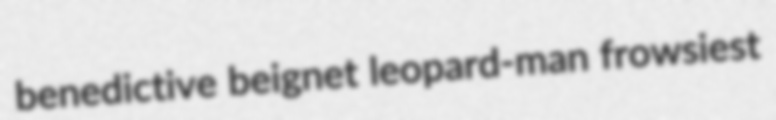
benedictive beignet leopard-man frowsiest